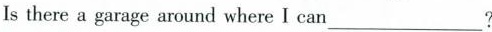
Is there a garage around where I can ___?